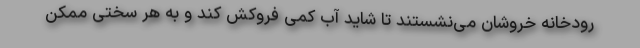
رودخانه خروشان می‌نشستند تا شاید آب کمی فروکش کند و به هر سختی ممکن